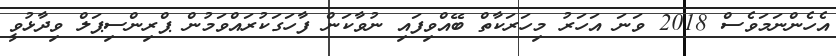
އެހެންނަމަވެސް 2018 ވަނަ އަހަރު މިހަރަކާތް ބޭއްވިފައި ނުވާކަން ފާހަގަކުރައްވަމުން ޕްރިންސިޕަލް ވިދާޅުވީ